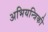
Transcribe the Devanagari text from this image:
अभियन्त्रिकी